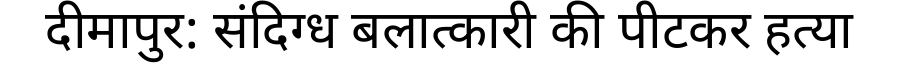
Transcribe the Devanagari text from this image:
दीमापुर: संदिग्ध बलात्कारी की पीटकर हत्या